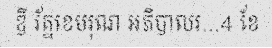
ឌី រ័ត្នខេមរុណ អភិបាលរ...4 ខែ